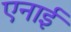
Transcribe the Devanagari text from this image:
एनाई